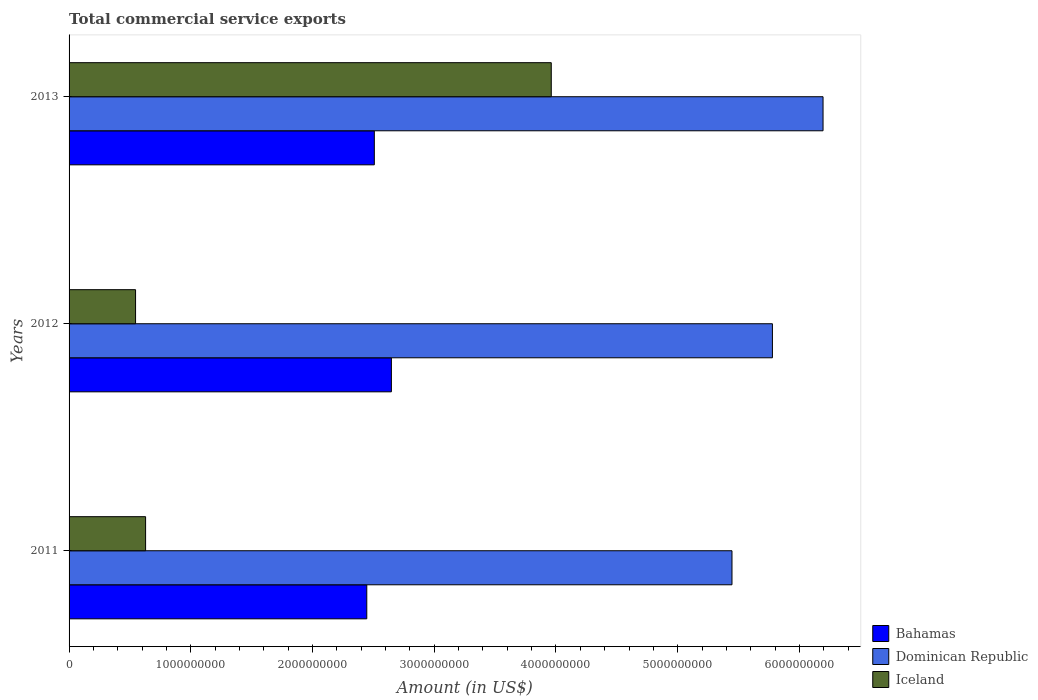
| Years | Bahamas | Dominican Republic | Iceland |
 | --- | --- | --- | --- |
 | 2011 | 2.45e+09 | 5.45e+09 | 6.29e+08 |
 | 2012 | 2.65e+09 | 5.78e+09 | 5.46e+08 |
 | 2013 | 2.51e+09 | 6.19e+09 | 3.96e+09 |